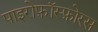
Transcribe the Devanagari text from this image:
पाइरोफ़ॉस्फ़ोरस